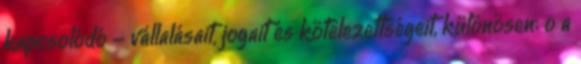
kapcsolódó - vállalásait, jogait és kötelezettségeit, különösen: o a